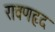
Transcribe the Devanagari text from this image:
रावणहृद